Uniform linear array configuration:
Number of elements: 24
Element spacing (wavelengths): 1
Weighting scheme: hann
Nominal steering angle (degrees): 15
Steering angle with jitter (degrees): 16.359
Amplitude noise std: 0.05
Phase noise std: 0.05

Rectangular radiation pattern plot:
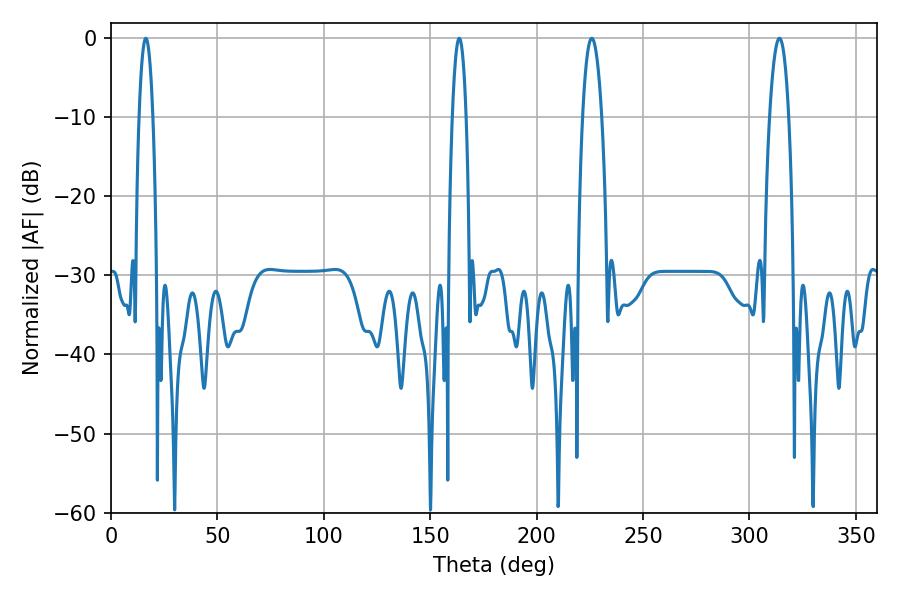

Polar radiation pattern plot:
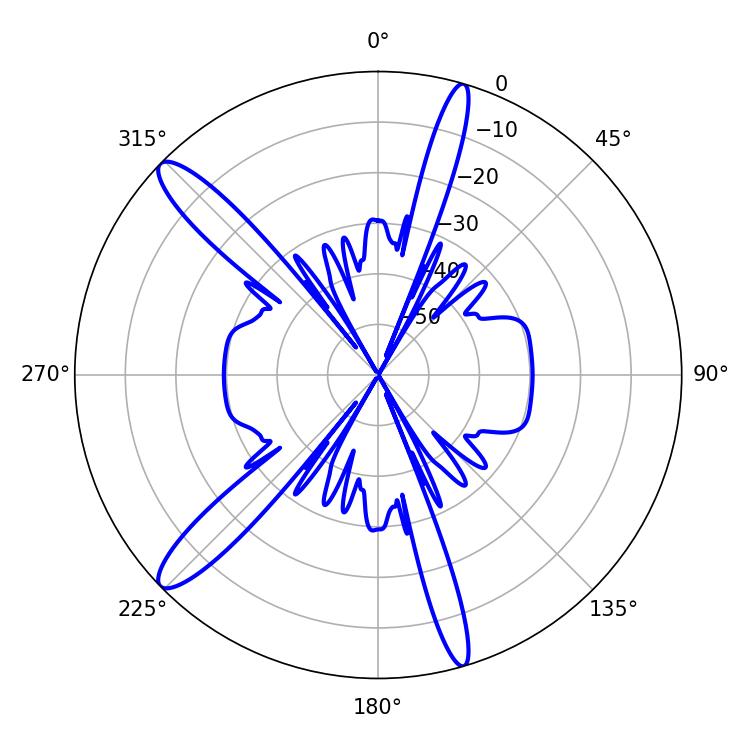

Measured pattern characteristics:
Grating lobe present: TRUE
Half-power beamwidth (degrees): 4.86
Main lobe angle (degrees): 225.9